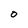
Character: o